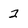
Character: 2